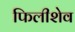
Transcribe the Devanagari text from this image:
फिलीशेव